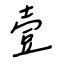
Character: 壹